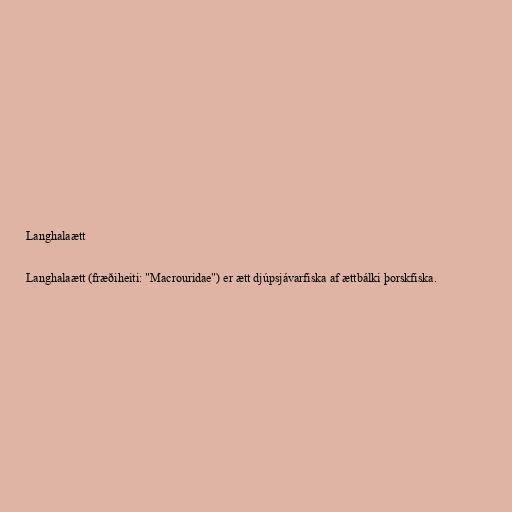
Langhalaætt

Langhalaætt (fræðiheiti: "Macrouridae") er ætt djúpsjávarfiska af ættbálki þorskfiska.